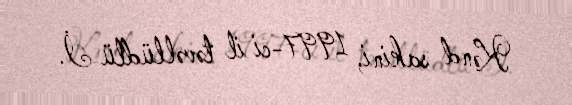
Kənd sakini, 1997-ci il təvəllüdlü İ.